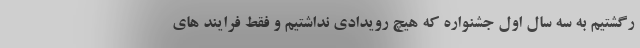
رگشتیم به سه سال اول جشنواره که هیچ رویدادی نداشتیم و فقط فرایند های